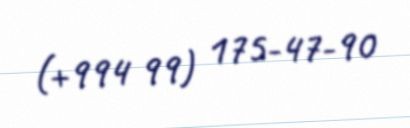
(+994 99) 175-47-90